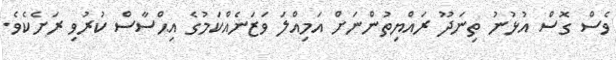
ވެސް ގޮސް އުޅުނު ތިނަދޫ ރައްޔިތުންނަށް އަމިއްލަ ވަޒަނެއްކަމުގެ އިޙްސާސް ކުރުވި ރަށެކެވެ.